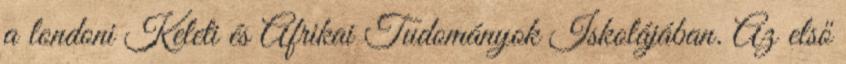
a londoni Keleti és Afrikai Tudományok Iskolájában. Az első